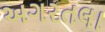
અગરતલા